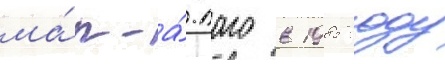
ма́р-а́-лаго в 1985 году